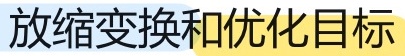
放缩变换和优化目标